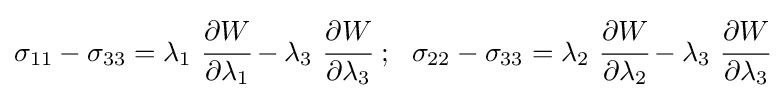
\sigma _{11}-\sigma _{33}=\lambda _{1}~{\cfrac {\partial {W}}{\partial \lambda _{1}}}-\lambda _{3}~{\cfrac {\partial {W}}{\partial \lambda _{3}}}~;~~\sigma _{22}-\sigma _{33}=\lambda _{2}~{\cfrac {\partial {W}}{\partial \lambda _{2}}}-\lambda _{3}~{\cfrac {\partial {W}}{\partial \lambda _{3}}}